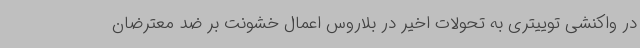
در واکنشی توییتری به تحولات اخیر در بلاروس اعمال خشونت بر ضد معترضان